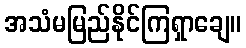
အသံမမြည်နိုင်ကြရှာချေ။